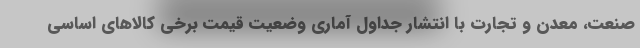
صنعت، معدن و تجارت با انتشار جداول آماری وضعیت قیمت برخی کالاهای اساسی